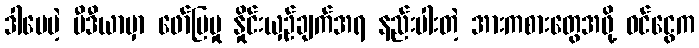
ဒါပေမဲ့ မီဒီယာမှာ ဖော်ပြမှု နှိုင်းယှဉ်ချက်အရ နည်းပါးတဲ့ အားကစားတွေအဖို့ ဝင်ငွေက